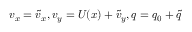
v _ { x } = \tilde { v } _ { x } , v _ { y } = U ( x ) + \tilde { v } _ { y } , q = q _ { 0 } + \tilde { q }